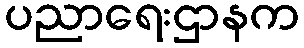
ပညာရေးဌာနက